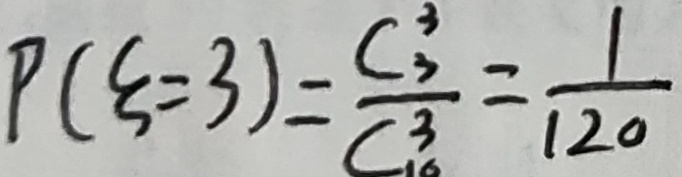
P ( \varepsilon = 3 ) = \frac { C _ { 3 } ^ { 3 } } { C _ { 1 0 } ^ { 3 } } = \frac { 1 } { 1 2 0 }